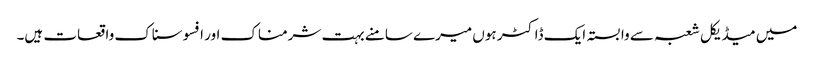
میں میڈیکل شعبہ سے وابستہ ایک ڈاکٹر ہوں میرے سامنے بہت شرمناک اور افسوسناک واقعات ہیں۔